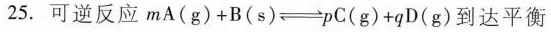
25.可逆反应$$m A ( g ) + B ( s ) \rightleftharpoons